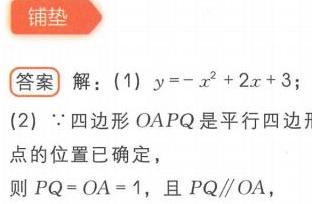
铺垫
答案 解：(1) \(y = -x^{2}+2x + 3\)；
(2) \(\because\)四边形\(OAPQ\)是平行四边形
点的位置已确定，\(PQ\parallel OA\)
则\(PQ = OA = 1\)，且 \(PQ\parallel OA\)